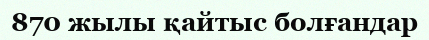
870 жылы қайтыс болғандар